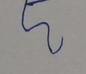
Signature authenticity: forged